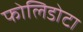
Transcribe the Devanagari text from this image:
फोलिडोटा